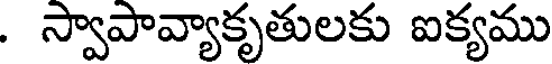
. స్వాపావ్యాకృతులకు ఐక్యము